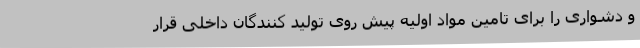
و دشواری را برای تامین مواد اولیه پیش روی تولید کنندگان داخلی قرار